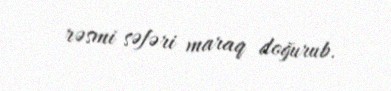
rəsmi səfəri maraq doğurub.